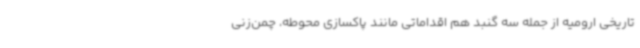
تاریخی ارومیه از جمله سه گنبد هم اقداماتی مانند پاکسازی محوطه، چمن‌زنی